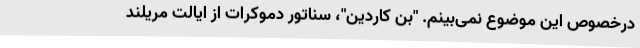
درخصوص این موضوع نمی‌بینم. "بن کاردین"، سناتور دموکرات از ایالت مریلند